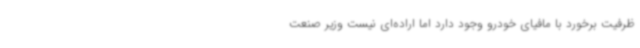
ظرفیت برخورد با مافیای خودرو وجود دارد اما اراده‌ای نیست وزیر صنعت